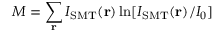
M = \sum _ { \bf r } I _ { \mathrm { S M T } } ( { \bf r } ) \ln [ I _ { \mathrm { S M T } } ( { \bf r } ) / I _ { 0 } ]